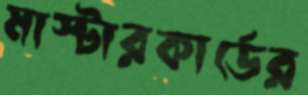
মাস্টারকার্ডের